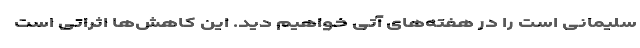
سلیمانی است را در هفته‌های آتی خواهیم دید. این کاهش‌ها اثراتی است